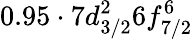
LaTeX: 0.95\cdot 7d_{3/2}^{2}6f_{7/2}^{6}